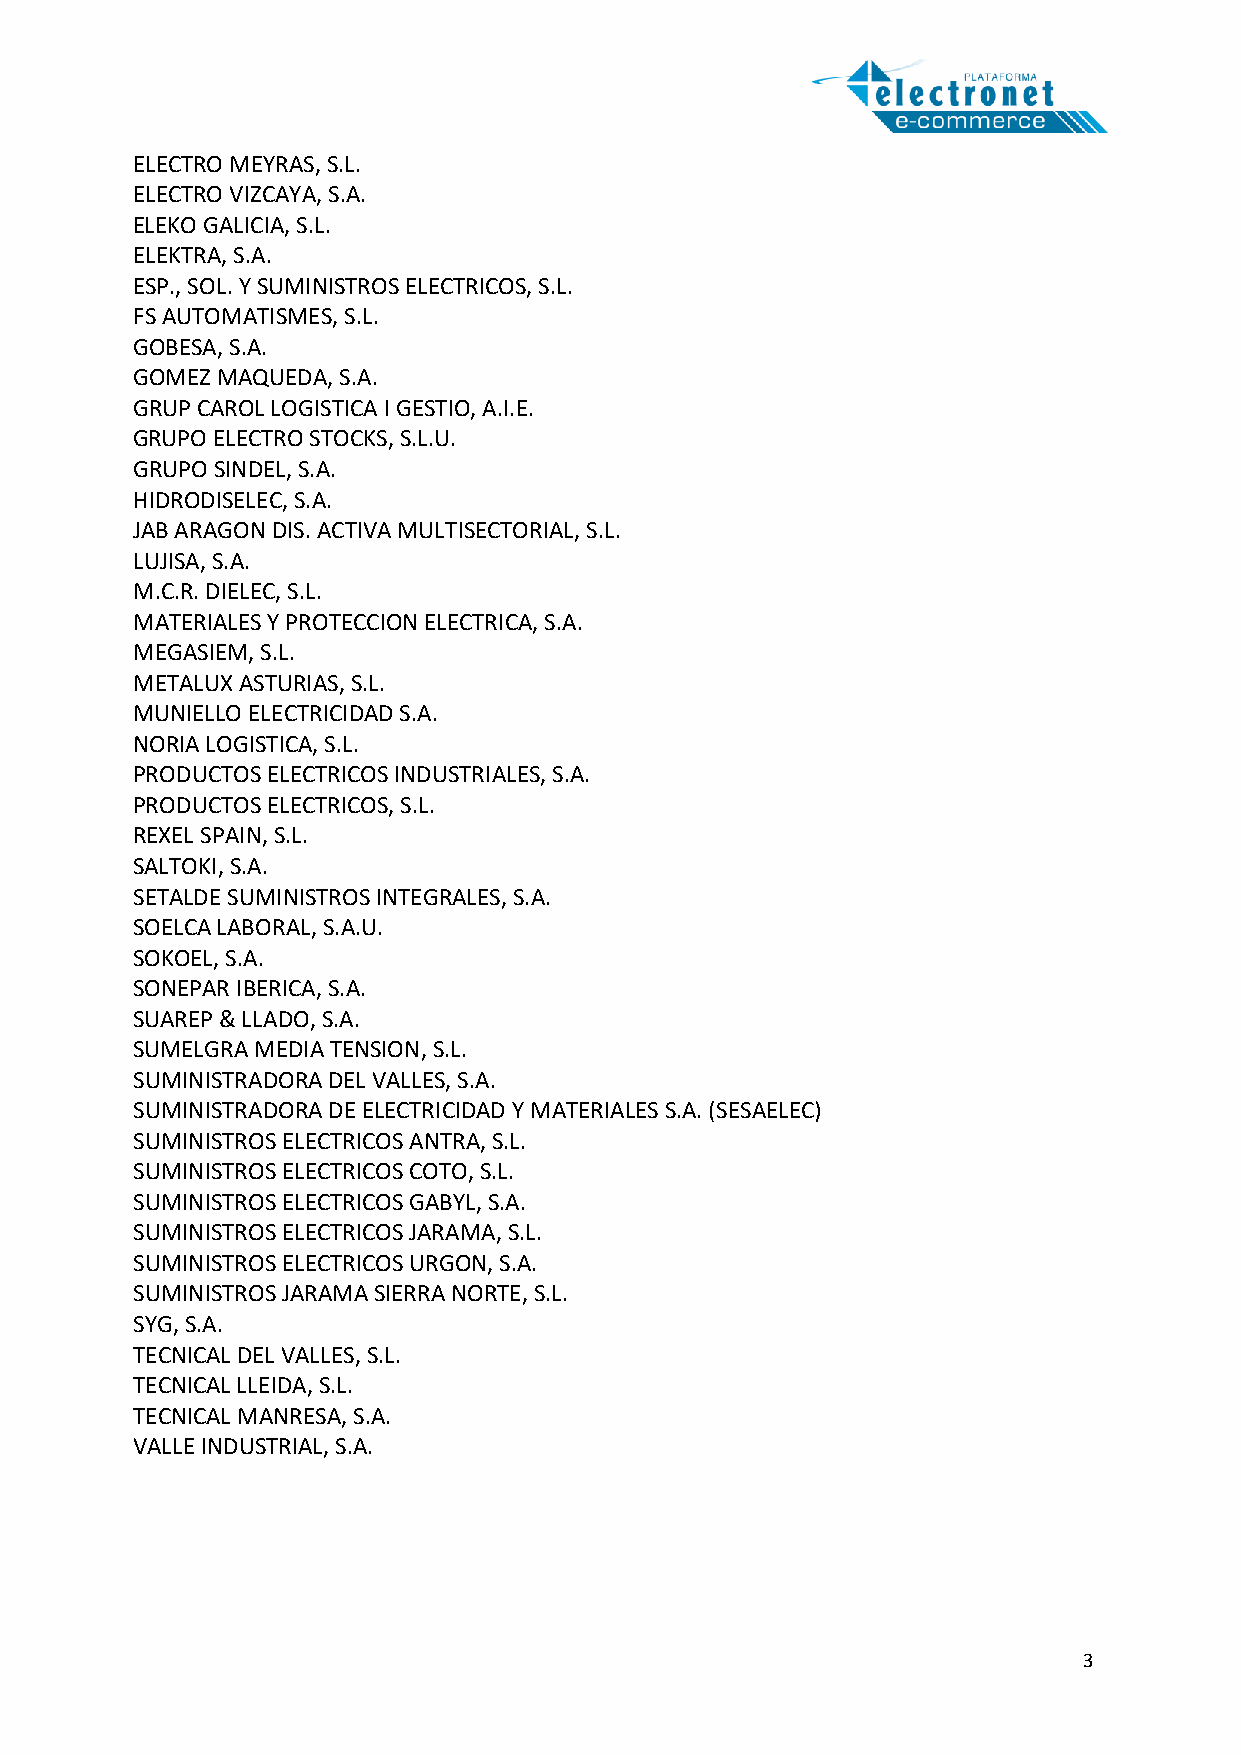
ELECTRO MEYRAS, S.L.
 ELECTRO VIZCAYA, S.A.
 ELEKO GALICIA, S.L.
 ELEKTRA, S.A.
 ESP., SOL. Y SUMINISTROS ELECTRICOS, S.L.
 FS AUTOMATISMES, S.L.
 GOBESA, S.A.
 GOMEZ MAQUEDA, S.A.
 GRUP CAROL LOGISTICA I GESTIO, A.I.E.
 GRUPO ELECTRO STOCKS, S.L.U.
 GRUPO SINDEL, S.A.
 HIDRODISELEC, S.A.
 JAB ARAGON DIS. ACTIVA MULTISECTORIAL, S.L.
 LUJISA, S.A.
 M.C.R. DIELEC, S.L.
 MATERIALES Y PROTECCION ELECTRICA, S.A.
 MEGASIEM, S.L.
 METALUX ASTURIAS, S.L.
 MUNIELLO ELECTRICIDAD S.A.
 NORIA LOGISTICA, S.L.
 PRODUCTOS ELECTRICOS INDUSTRIALES, S.A.
 PRODUCTOS ELECTRICOS, S.L.
 REXEL SPAIN, S.L.
 SALTOKI, S.A.
 SETALDE SUMINISTROS INTEGRALES, S.A.
 SOELCA LABORAL, S.A.U.
 SOKOEL, S.A.
 SONEPAR IBERICA, S.A.
 SUAREP & LLADO, S.A.
 SUMELGRA MEDIA TENSION, S.L.
 SUMINISTRADORA DEL VALLES, S.A.
 SUMINISTRADORA DE ELECTRICIDAD Y MATERIALES S.A. (SESAELEC)
 SUMINISTROS ELECTRICOS ANTRA, S.L.
 SUMINISTROS ELECTRICOS COTO, S.L.
 SUMINISTROS ELECTRICOS GABYL, S.A.
 SUMINISTROS ELECTRICOS JARAMA, S.L.
 SUMINISTROS ELECTRICOS URGON, S.A.
 SUMINISTROS JARAMA SIERRA NORTE, S.L.
 SYG, S.A.
 TECNICAL DEL VALLES, S.L.
 TECNICAL LLEIDA, S.L.
 TECNICAL MANRESA, S.A.
 VALLE INDUSTRIAL, S.A.
 3